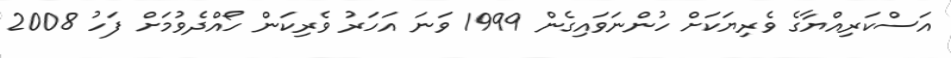
އަސްކަރިއްޔާގެ ވެރިޔަކަށް ހުންނަވައިގެން 1999 ވަނަ އަހަރު ވެރިކަން ހޯއްދެވުމަށް ފަހު 2008